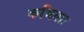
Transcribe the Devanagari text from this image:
कथिताः